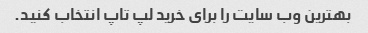
بهترین وب سایت را برای خرید لپ تاپ انتخاب کنید.